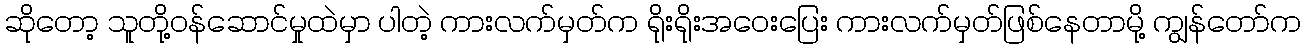
ဆိုတော့ သူတို့ဝန်ဆောင်မှုထဲမှာ ပါတဲ့ ကားလက်မှတ်က ရိုးရိုးအဝေးပြေး ကားလက်မှတ်ဖြစ်နေတာမို့ ကျွန်တော်က